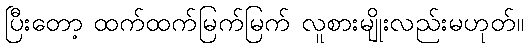
ပြီးတော့ ထက်ထက်မြက်မြက် လူစားမျိုးလည်းမဟုတ်။